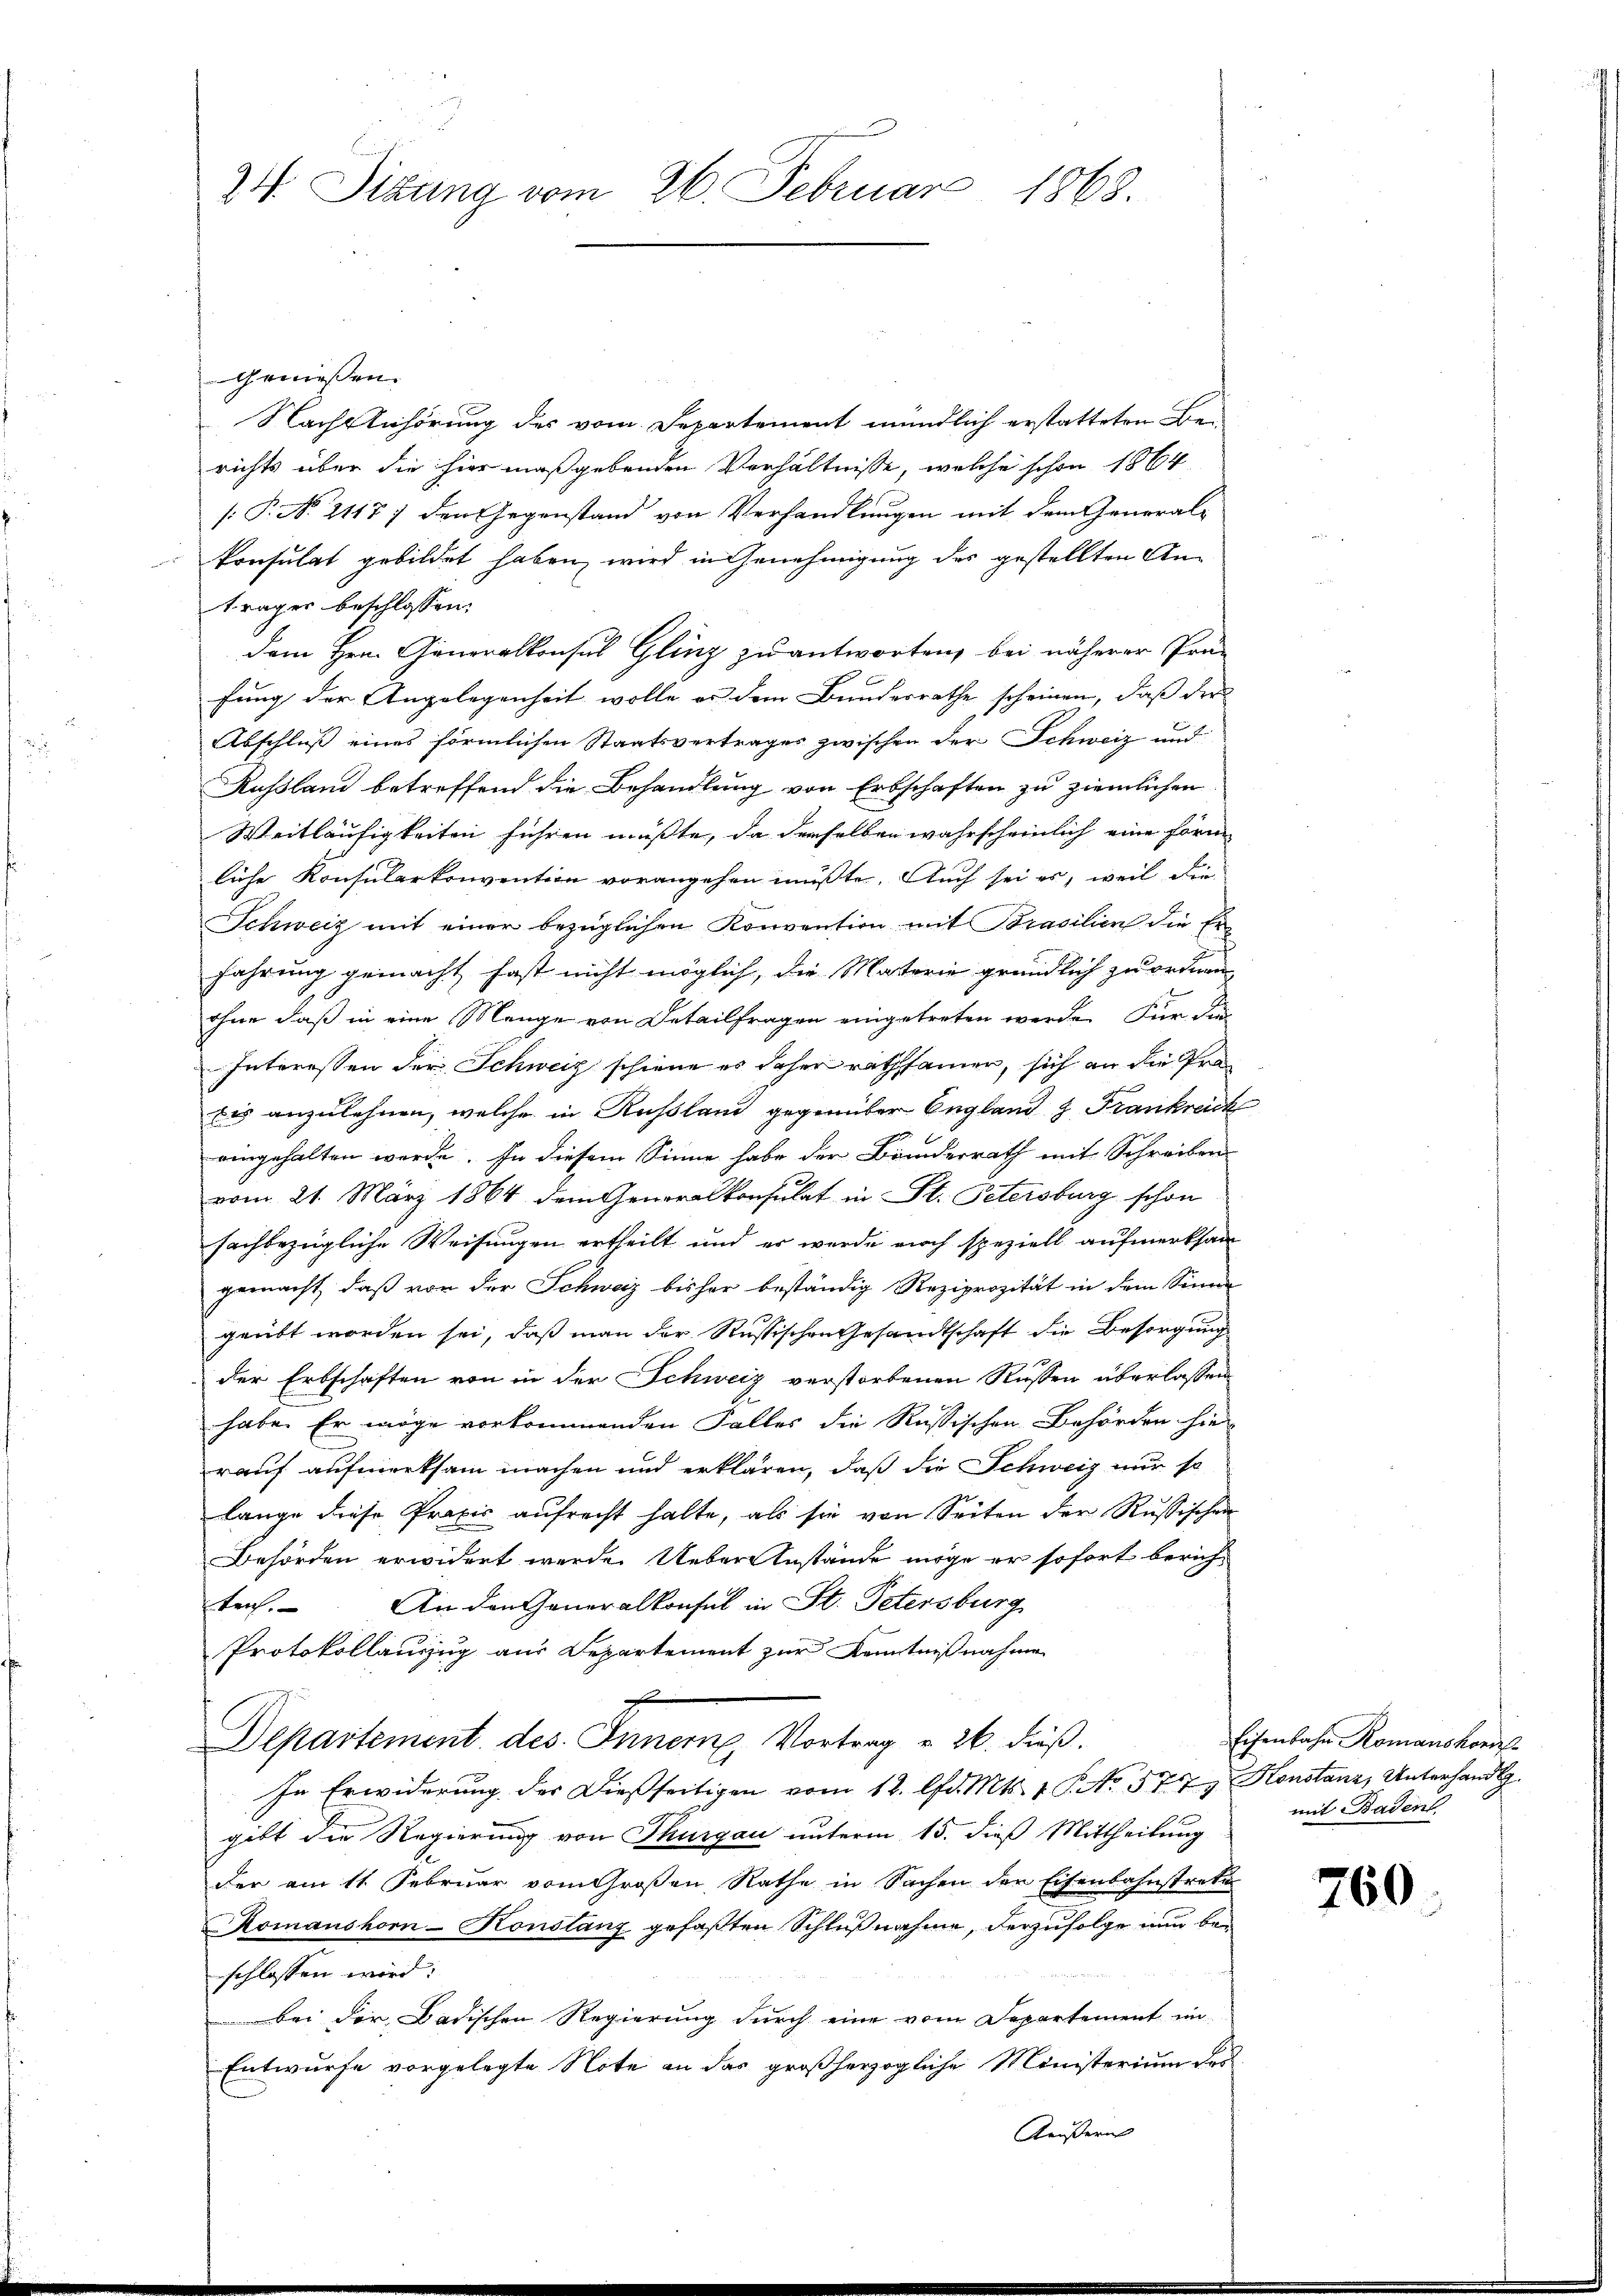
24. Sitzung vom 26. Februar 1868.

Geniessen.
Nach Anhörung des vom Departement mündlich erstatteten Berichts über die hier maßgebenden Verhältnisse, welche schon 1864
[: P. No. 2118) den Gegenstand von Verhandlungen mit dem General-
konsulat gebildet haben, wird in Genehmigung des gestellten Anträger beschlossen:
dem Hrn. Generalkonsul Glinz zu antworten, bei näherer Prä-
fung der Angelegenheit wolle er dem Bundesrathe scheinen, daß der
Abschluß eines förmlichen Staatsvertrages zwischen der Schweiz und
Rußland betreffend die Behandlung von Erbschaften zu ziemlichen
Weitläufigkeiten führen müsste, da derselben wahrscheinlich eine Form |
liche Konsularkonvention vorangehen müßte. Auch sei es, weil die
Schweiz mit einer bezüglichen Konvention mit Brasilien die Erfahrung gemacht hast nicht möglich, die Materie gründlich zu ordnen
ohne daß in eine Menge von Detailfragen eingetreten werde. Für die
Interessen der Schweiz schiene es daher rathsamer, sich an die Prodis anzulehnen, welche in Rußland gegenüber England & Frankreich
eingehalten werde. In diesem Sinne habe der Bunderrath mit Schreiben
vom 21. März 1864 dem Generalkonsulat in St. Petersburg schon
fachbezügliche Weisungen ertheilt und er wurde auch speziell aufmerksam
gemacht, daß von der Schweiz bisher beständig Reziprozität in dem Sinne
geübt worden sei, daß man der Russischen Gesandtschaft die Besorgung
der Erbschaften von in der Schweiz verstorbenen Rüssen überlassen
habe. Er möge vorkommenden Falles die Russischen Behörden hie
rauf aufmerksam machen und erklären, daß die Schweiz nur so
lange diese Praxis aufrecht halte, als sie von Seiten der Russischen
Behörden erwidert werde. Ueber Anstände möge er sofort berich¬
An den Generalkonsul in St. Petersburg
etrof
Protokollauszug aus Departement zur Kenntnißnahme
7
Departement des Innern, Vortrag u. 26. dieß.
In Erwiderung der dießseitigen vom 12. lfd. Mts. 1 S. No. 577. Honstanz, Unterhandlg.
gibt die Regierung von Thurgau unterm 15. dieß Mittheilung
der am 11. Februar vom Großen Rathe in Sachen der Eisenbahnstrete
Komanshorn-Konslanz gefaßten Schlußnahme, derzufolge nun beschlossen wird:
bei der Badischen Regierung durch eine vom Departement in
Entwurfe vorgelegte Note an das großherzogliche Ministerium dri
Käußern

Eisenbahn Romanshoris
mit Baden.

760